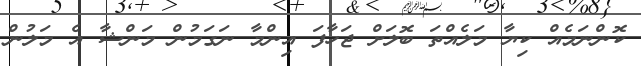
ކޮންނަމެއް ކިޔާ މަލެއްތަ ބޮލަށް ޖަހާފަ އިންމާ ނަގަމުން މަންޝާ އެ މަލުން